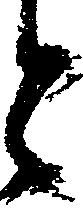
と